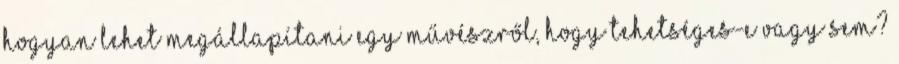
Hogyan lehet megállapítani egy művészről, hogy tehetséges-e vagy sem?